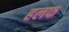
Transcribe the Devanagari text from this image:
हलफ